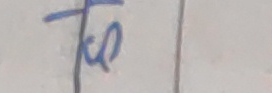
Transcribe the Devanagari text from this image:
रु